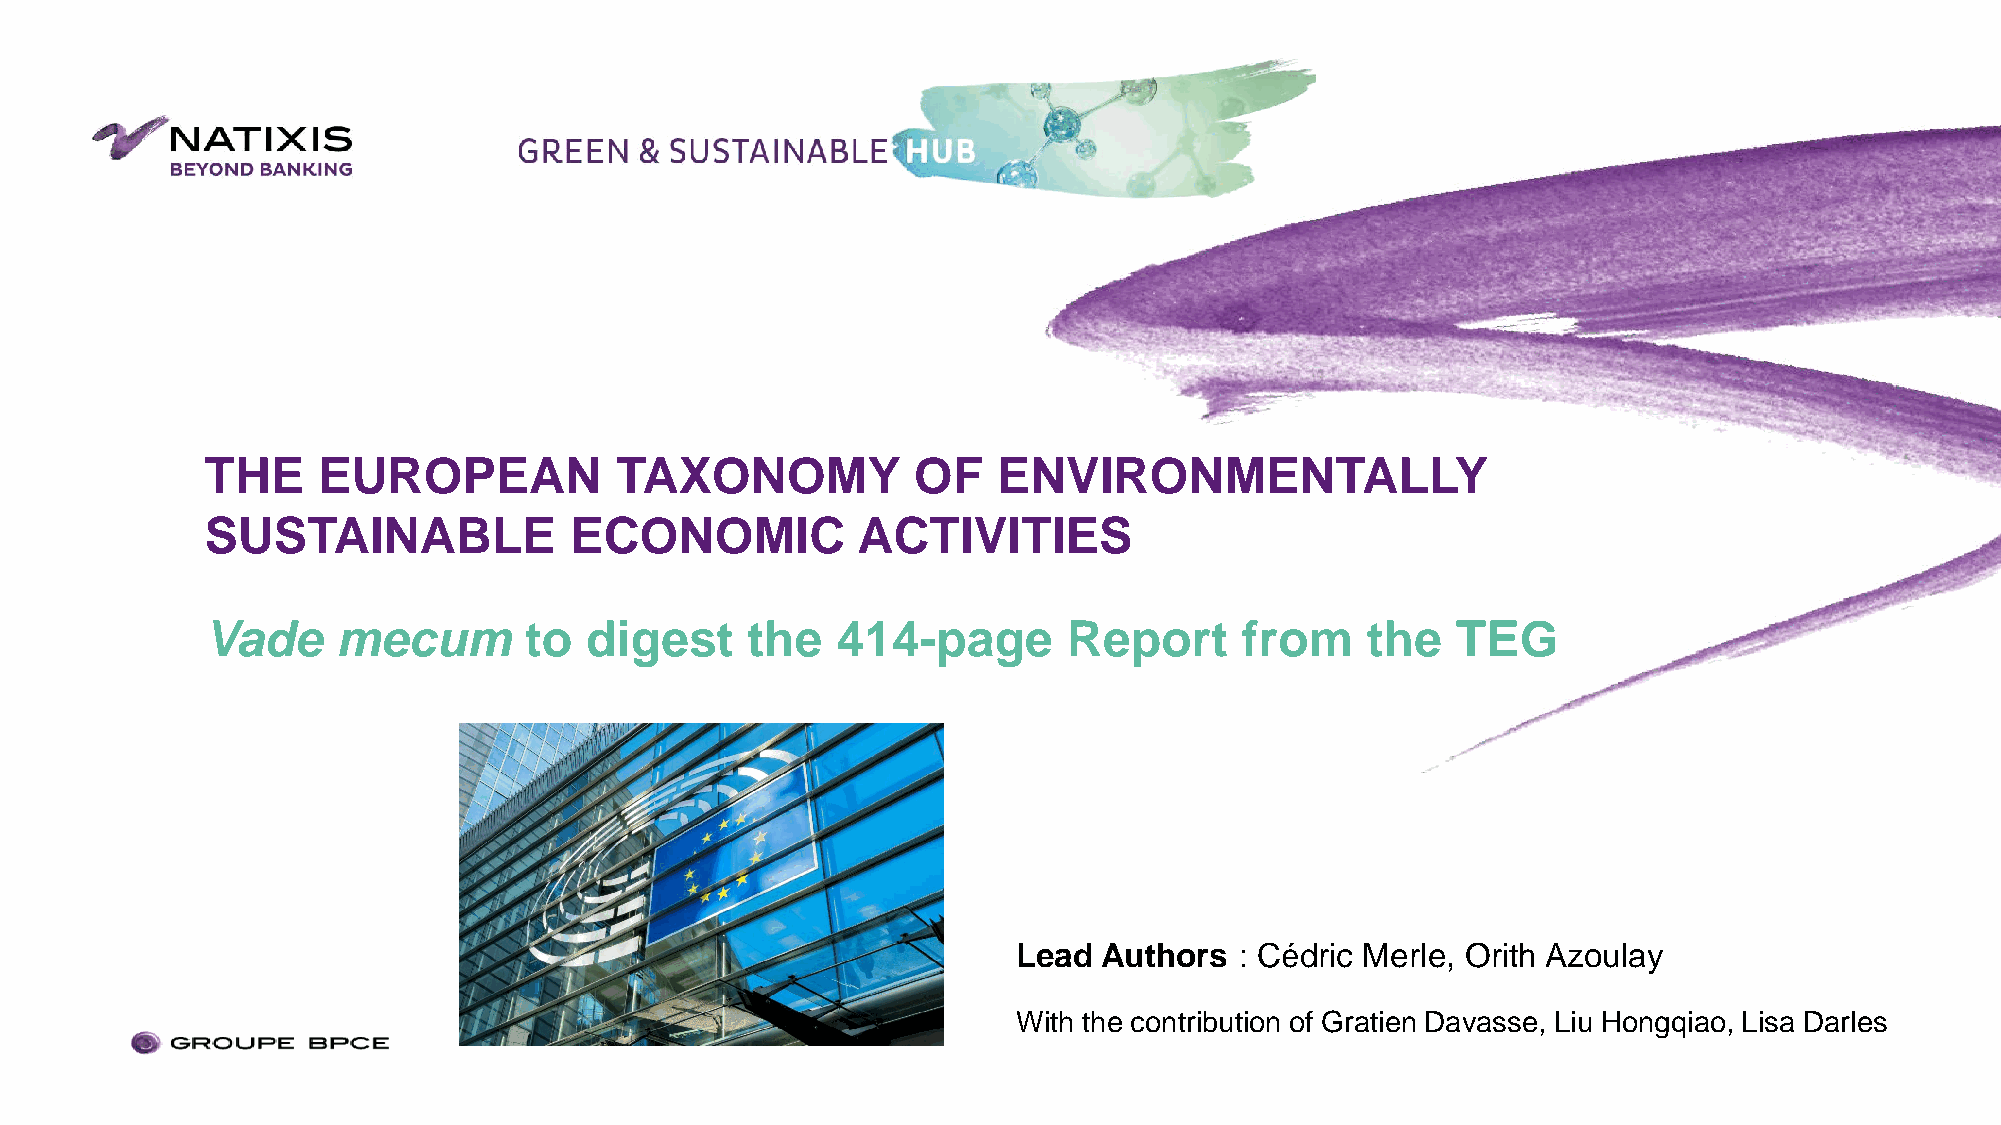
THE    EUROPEAN            TAXONOMY           OF    ENVIRONMENTALLY
 SUSTAINABLE             ECONOMIC           ACTIVITIES
 Vade    mecum        to  digest    the   414-page        Report     from    the   TEG
 Lead  Authors  : Cédric Merle, Orith Azoulay
 With the contribution of Gratien Davasse, Liu Hongqiao, Lisa Darles